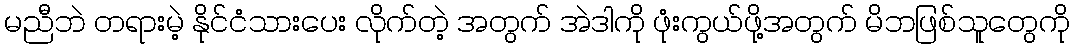
မညီဘဲ တရားမဲ့ နိုင်ငံသားပေး လိုက်တဲ့ အတွက် အဲဒါကို ဖုံးကွယ်ဖို့အတွက် မိဘဖြစ်သူတွေကို